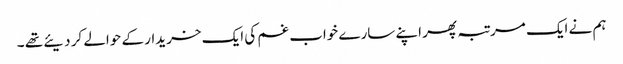
ہم نے ایک مرتبہ پھر اپنے سارے خواب غم کی ایک خریدار کے حوالے کر دیئے تھے ۔